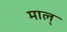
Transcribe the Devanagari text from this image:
माल्